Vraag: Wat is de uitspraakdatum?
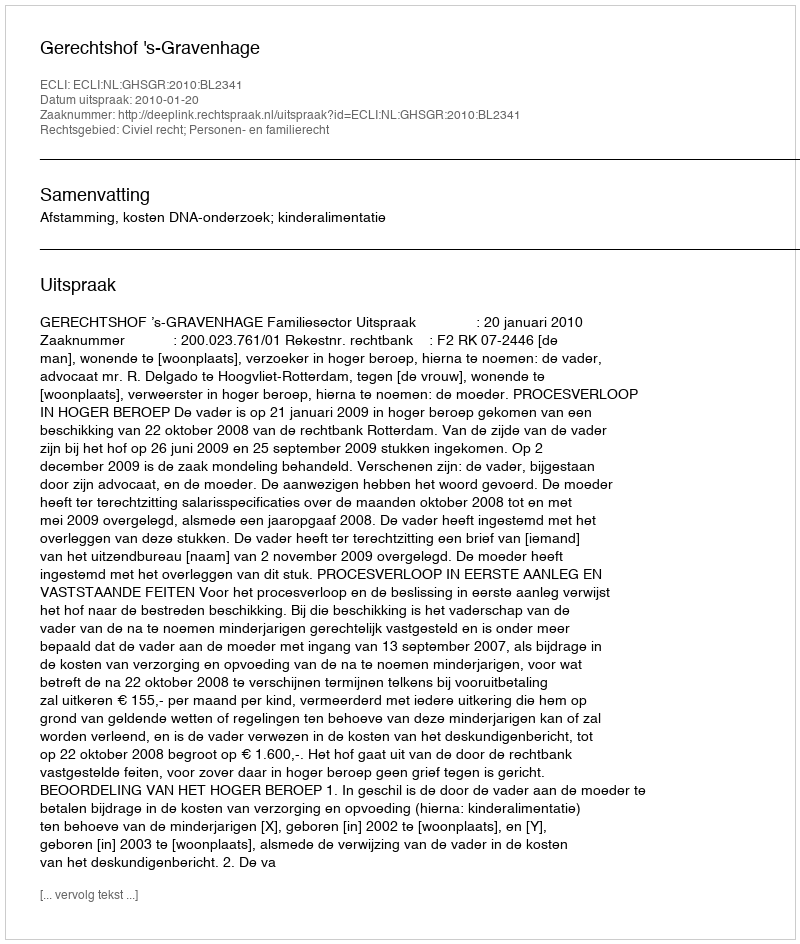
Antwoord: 2010-01-20